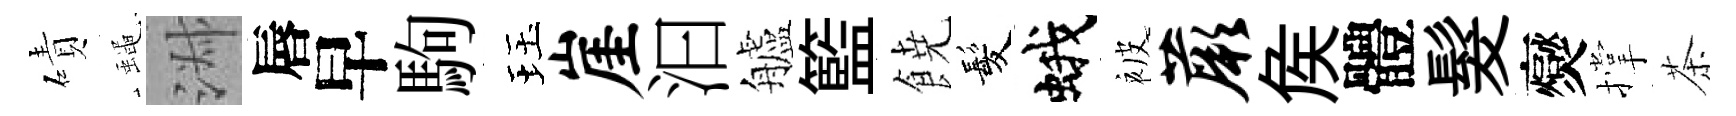
磧蠅淑唇早駒珏崖汩艫籃𩜙髪蛾被蕨矦體髮爕撑茶